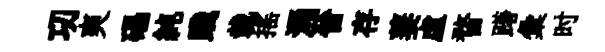
㓛爽礧純踐載摇涌晉存萋虛瞀躇彙时